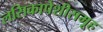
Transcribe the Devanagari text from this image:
लसिकापेशीसमूह